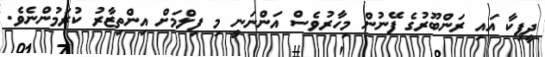
ދީޕިކާ އައި ރަންބޫރުގެ ފޭނުން މިހާރުވެސް އަންނަނީ މި ފިލްމަށް އިންތިޒާރު ކުރަމުންނެވެ.